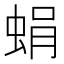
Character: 蜎